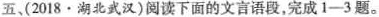
五、(2018·湖北武汉)阅读下面的文言语段，完成1-3题。